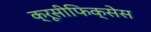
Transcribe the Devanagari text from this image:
क्रूसीफिक्‍सेस